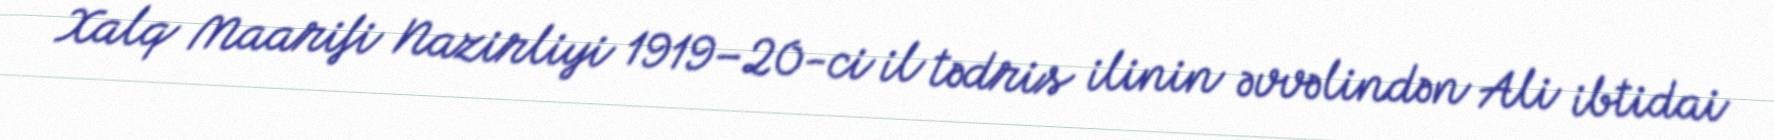
Xalq Maarifi Nazirliyi 1919–20-ci il tədris ilinin əvvəlindən Ali ibtidai